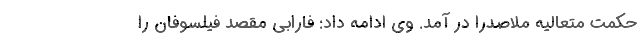
حکمت متعالیه ملاصدرا در آمد. وی ادامه داد: فارابی مقصد فیلسوفان را